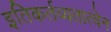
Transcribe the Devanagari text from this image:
इतिकर्तव्यतात्वेन